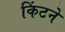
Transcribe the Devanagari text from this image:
किंटने